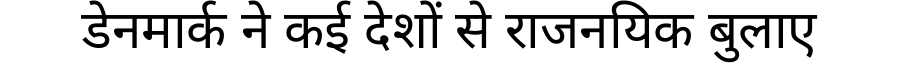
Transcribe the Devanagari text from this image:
डेनमार्क ने कई देशों से राजनयिक बुलाए